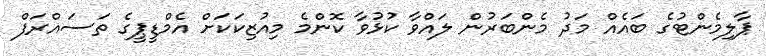
ޕާލިމެންޓުގެ ބައެއް މަދު މެންބަރުން ލައްވާ ކުޅުވާ ކޮންމެ މިއުޒިކަކަށް އެމްޑީޕީގެ ތަސައްރަފް